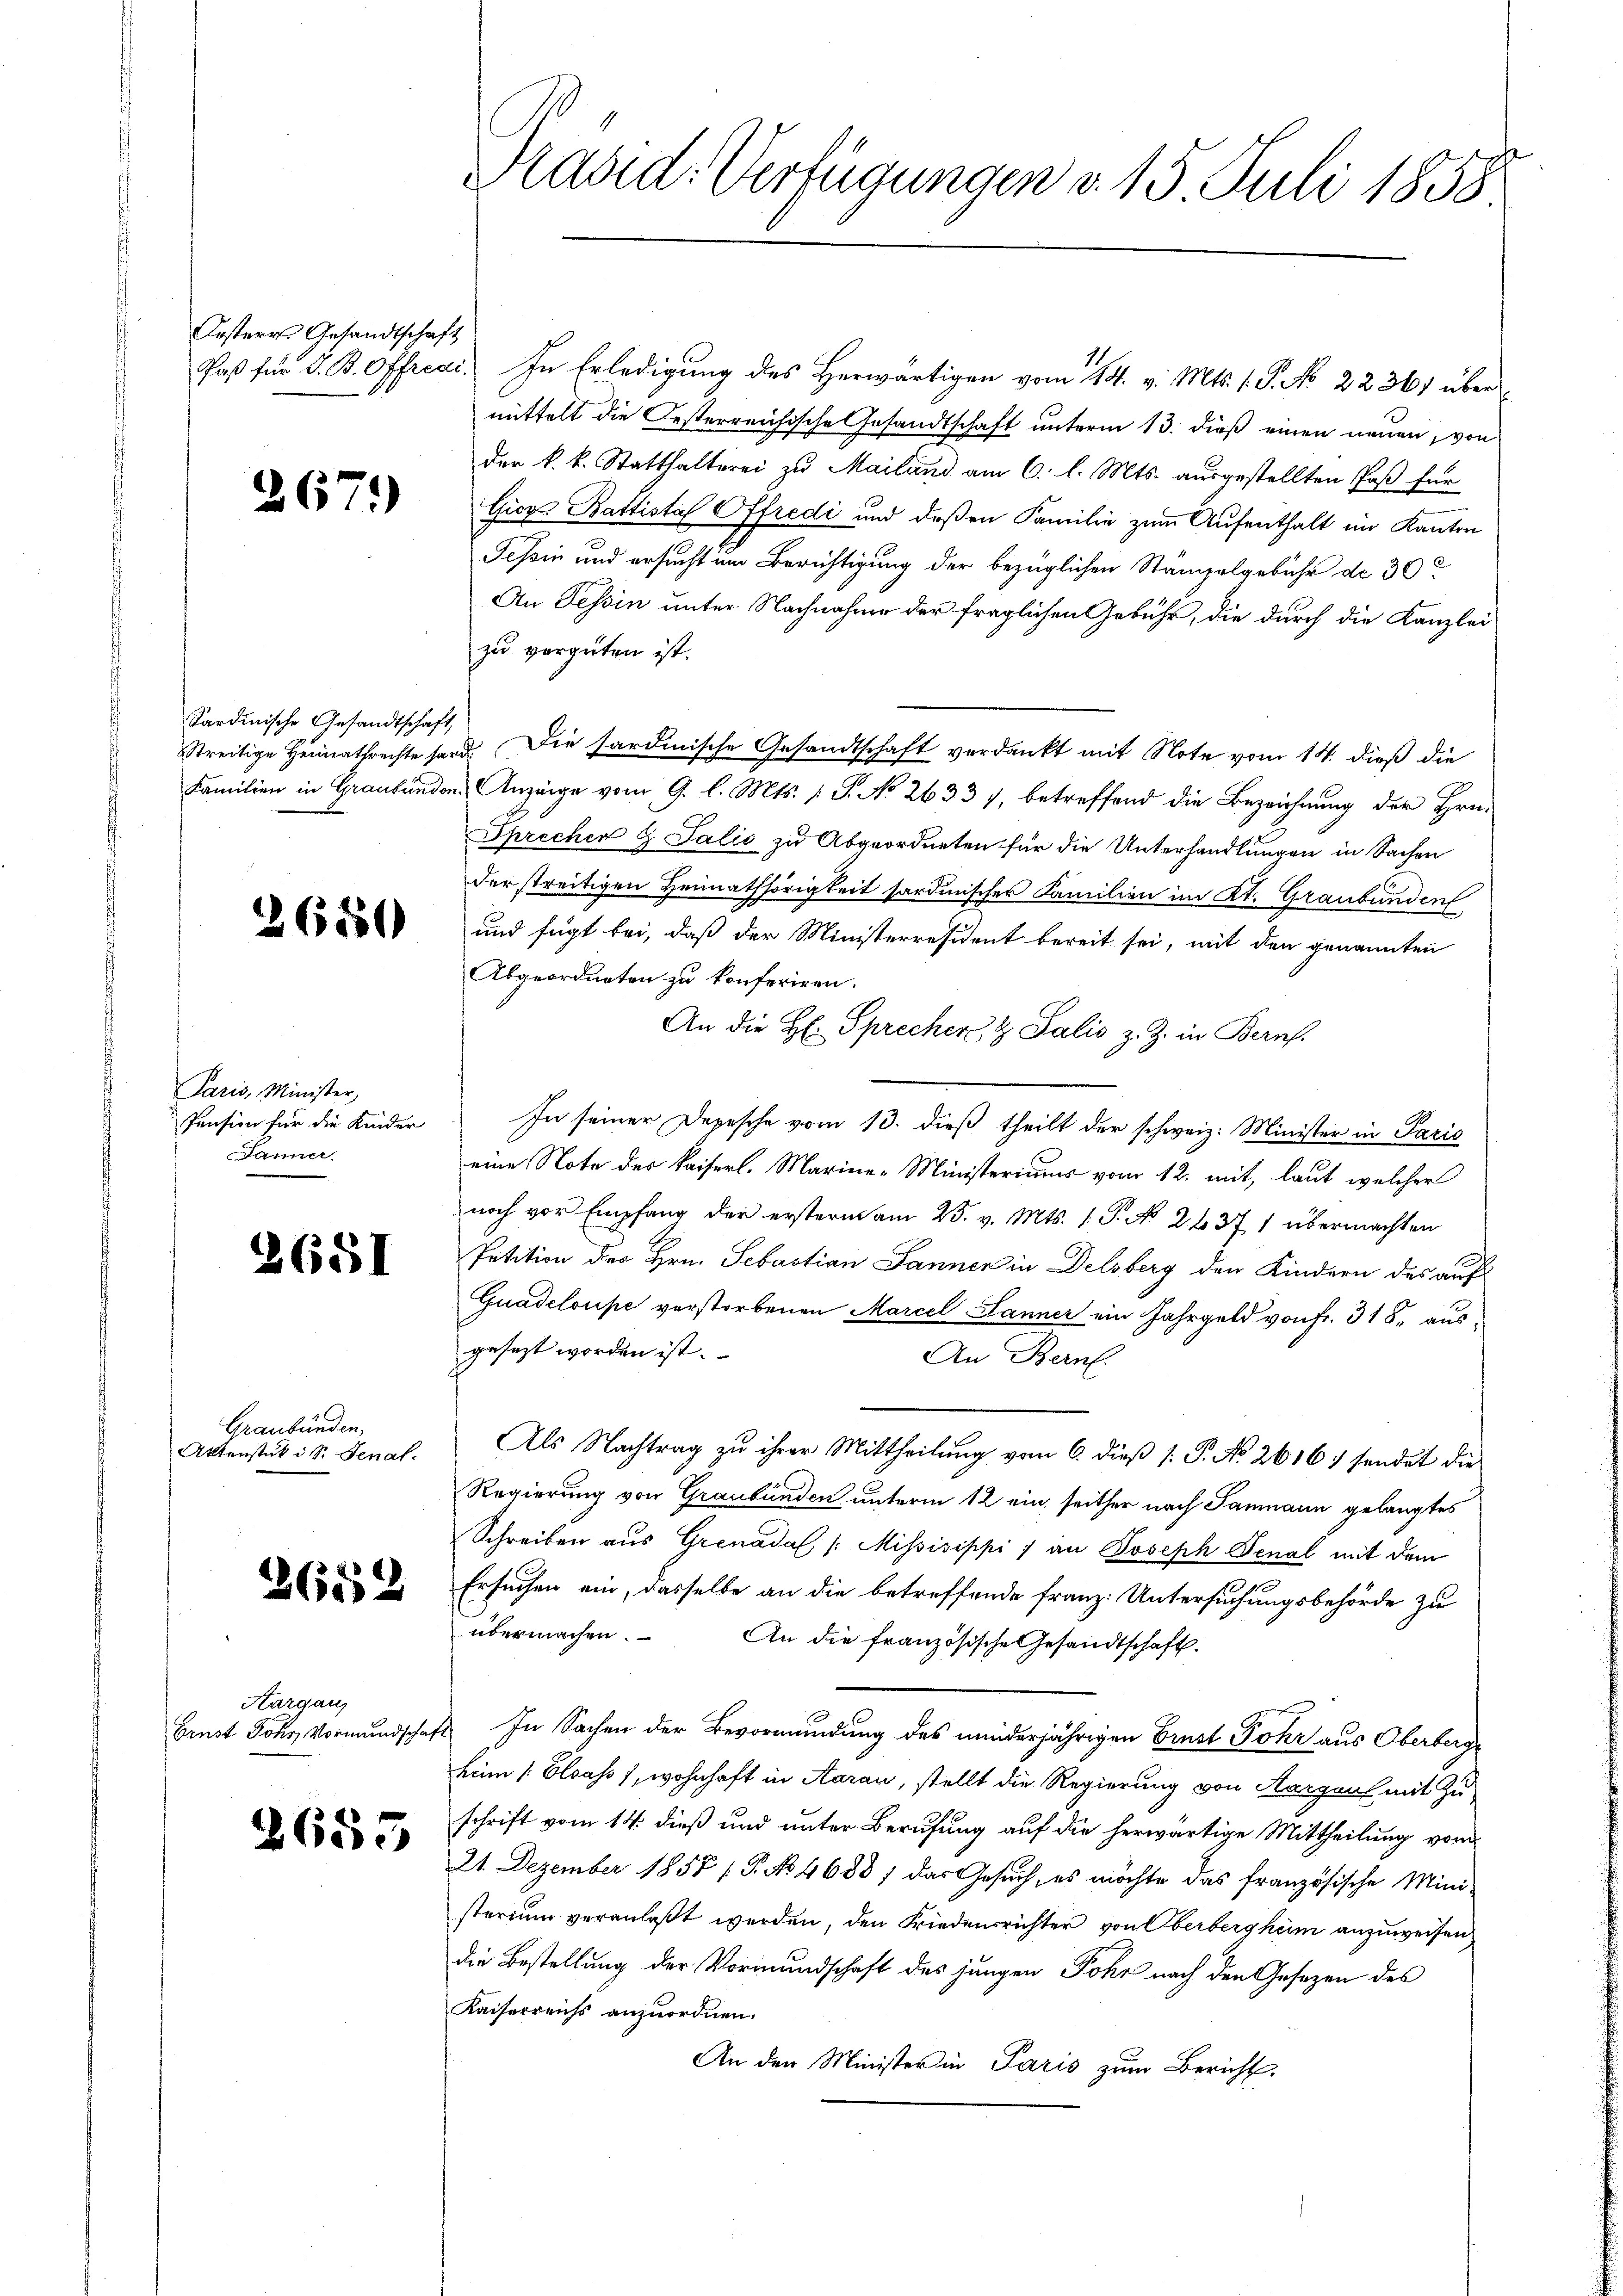
Oesteres Gesandtschaft

267.

Sardinische Gesandtschaft

2650

Paris, Minister,
Pension für die Kinder
Jänner.

2651

Graubünden,
Aktenstük i S. Senat.

2652

Aargau,
Ernst Johs, Vormundscha

2653

Kasid. Verfügungen d. 15. Juli 1858.

11
Paß für d. B. Offreai. In Erledigung des Herwärtigen vom 14. v. Mts. 1. P. No 22361 über
mittelt die Oesterreichische Gesandtschaft unterm 13. dieß einen neuen, von
der k. k. Statthalterei zu Mailand am 6. l. Mts. ausgestellten Paß für
Giov Battistaf Offredi und deßen Familie zum Aufenthalt im Kanton
Tessin und ersucht um Berichtigung der bezüglichen Stämpelgebühr de 30
An Tessin unter Nachnahme der fraglichen Gebühr, die durch die Kanzlei
zu vergüten ist.
Streitige Heimathrechte sord. Die sardinische Gesandtschaft verdankt mit Note vom 14. dieß die
Familien in Graubünden Anzeige vom 9. l. Mts. (T. No 2633 7, betreffend die Bezeichnung der Hrn.
Sprechen G. Salis zu Abgeordneten für die Unterhandlungen in Sachen
der streitigen Heimathörigkeit sordinischer Familien im Kt. Graubünden
und fügt bei, daß der Ministerresident bereit sei, mit den genannten
Abgeordneten zu konferiren.
An die H. Sprechen, & Talić z. Z. in Bernh
In seiner Depesche vom 13. dieß theilt der schweiz. Minister in Paris
eine Note des Kaiserl. Marine-Ministeriums vom 12. mit, laut welcher
noch vor Empfang der erstern am 25. v. Mts. 1. J. No 26371 übermachten
Petition des Hrn. Sebastian Janner in Delsberg den Kindern des auf
Guadeloupe verstorbenen Marcel Jänner ein Jahrgeld von Fr. 318. ausgesezt worden ist.
An Bern.
Als Nachtrag zu ihrer Mittheilung vom 6. dieß [ P. No 2616. sendet die
Regierung von Graubünden unterm 12 ein seither nach Sammann gelangtes
Schreiben aus Grenada /: Missisippi / an Joseph Senal mit dem
Ersuchen ein, dasselbe an die betreffende Franz: Untersuchungsbehörde zu
übermachen. An die französische Gesandtschaft.
In Sachen der Bevormundung des minderjährigen Brust Fohr aus Oberberg
heim Elsass, wohnhaft in Aarau, stellt die Regierung von Aargau mit Zu-
schrift vom 14. dieß und unter Berufung auf die herwärtige Mittheilung vom
21. Dezember 1858 / P. No 4688) das Gesuch, es möchte das französische Mini-
sterium veranlaßt werden, den Friedensrichter von Oberberghum anzuweisen,
die Bestellung der Vormundschaft des jungen Fohr nach den Gesezen des
Kaiserreichs anzuordnen.
An den Minister in Paris zum Bericht.